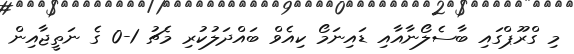
މި ގްރޫޕްގައި ބާސެލޯނާއާއި ޑައިނަމޯ ކިއެވް ބައްދަލުކުރި މެޗު 1-0 ގެ ނަތީޖާއިން